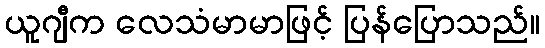
ယူဂျီက လေသံမာမာဖြင့် ပြန်ပြောသည်။